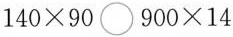
$$1 4 0 \times 9 0 \bigcirc 9 0 0 \times 1 4$$